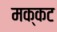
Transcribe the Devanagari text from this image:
मक्कट